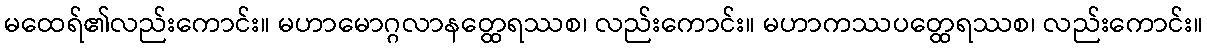
မထေရ်၏လည်းကောင်း။ မဟာမောဂ္ဂလာနတ္ထေရဿစ၊ လည်းကောင်း။ မဟာကဿပတ္ထေရဿစ၊ လည်းကောင်း။